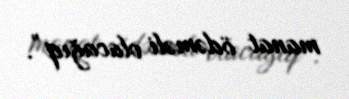
manat ödəməli olacağıq”.